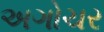
અગોચર